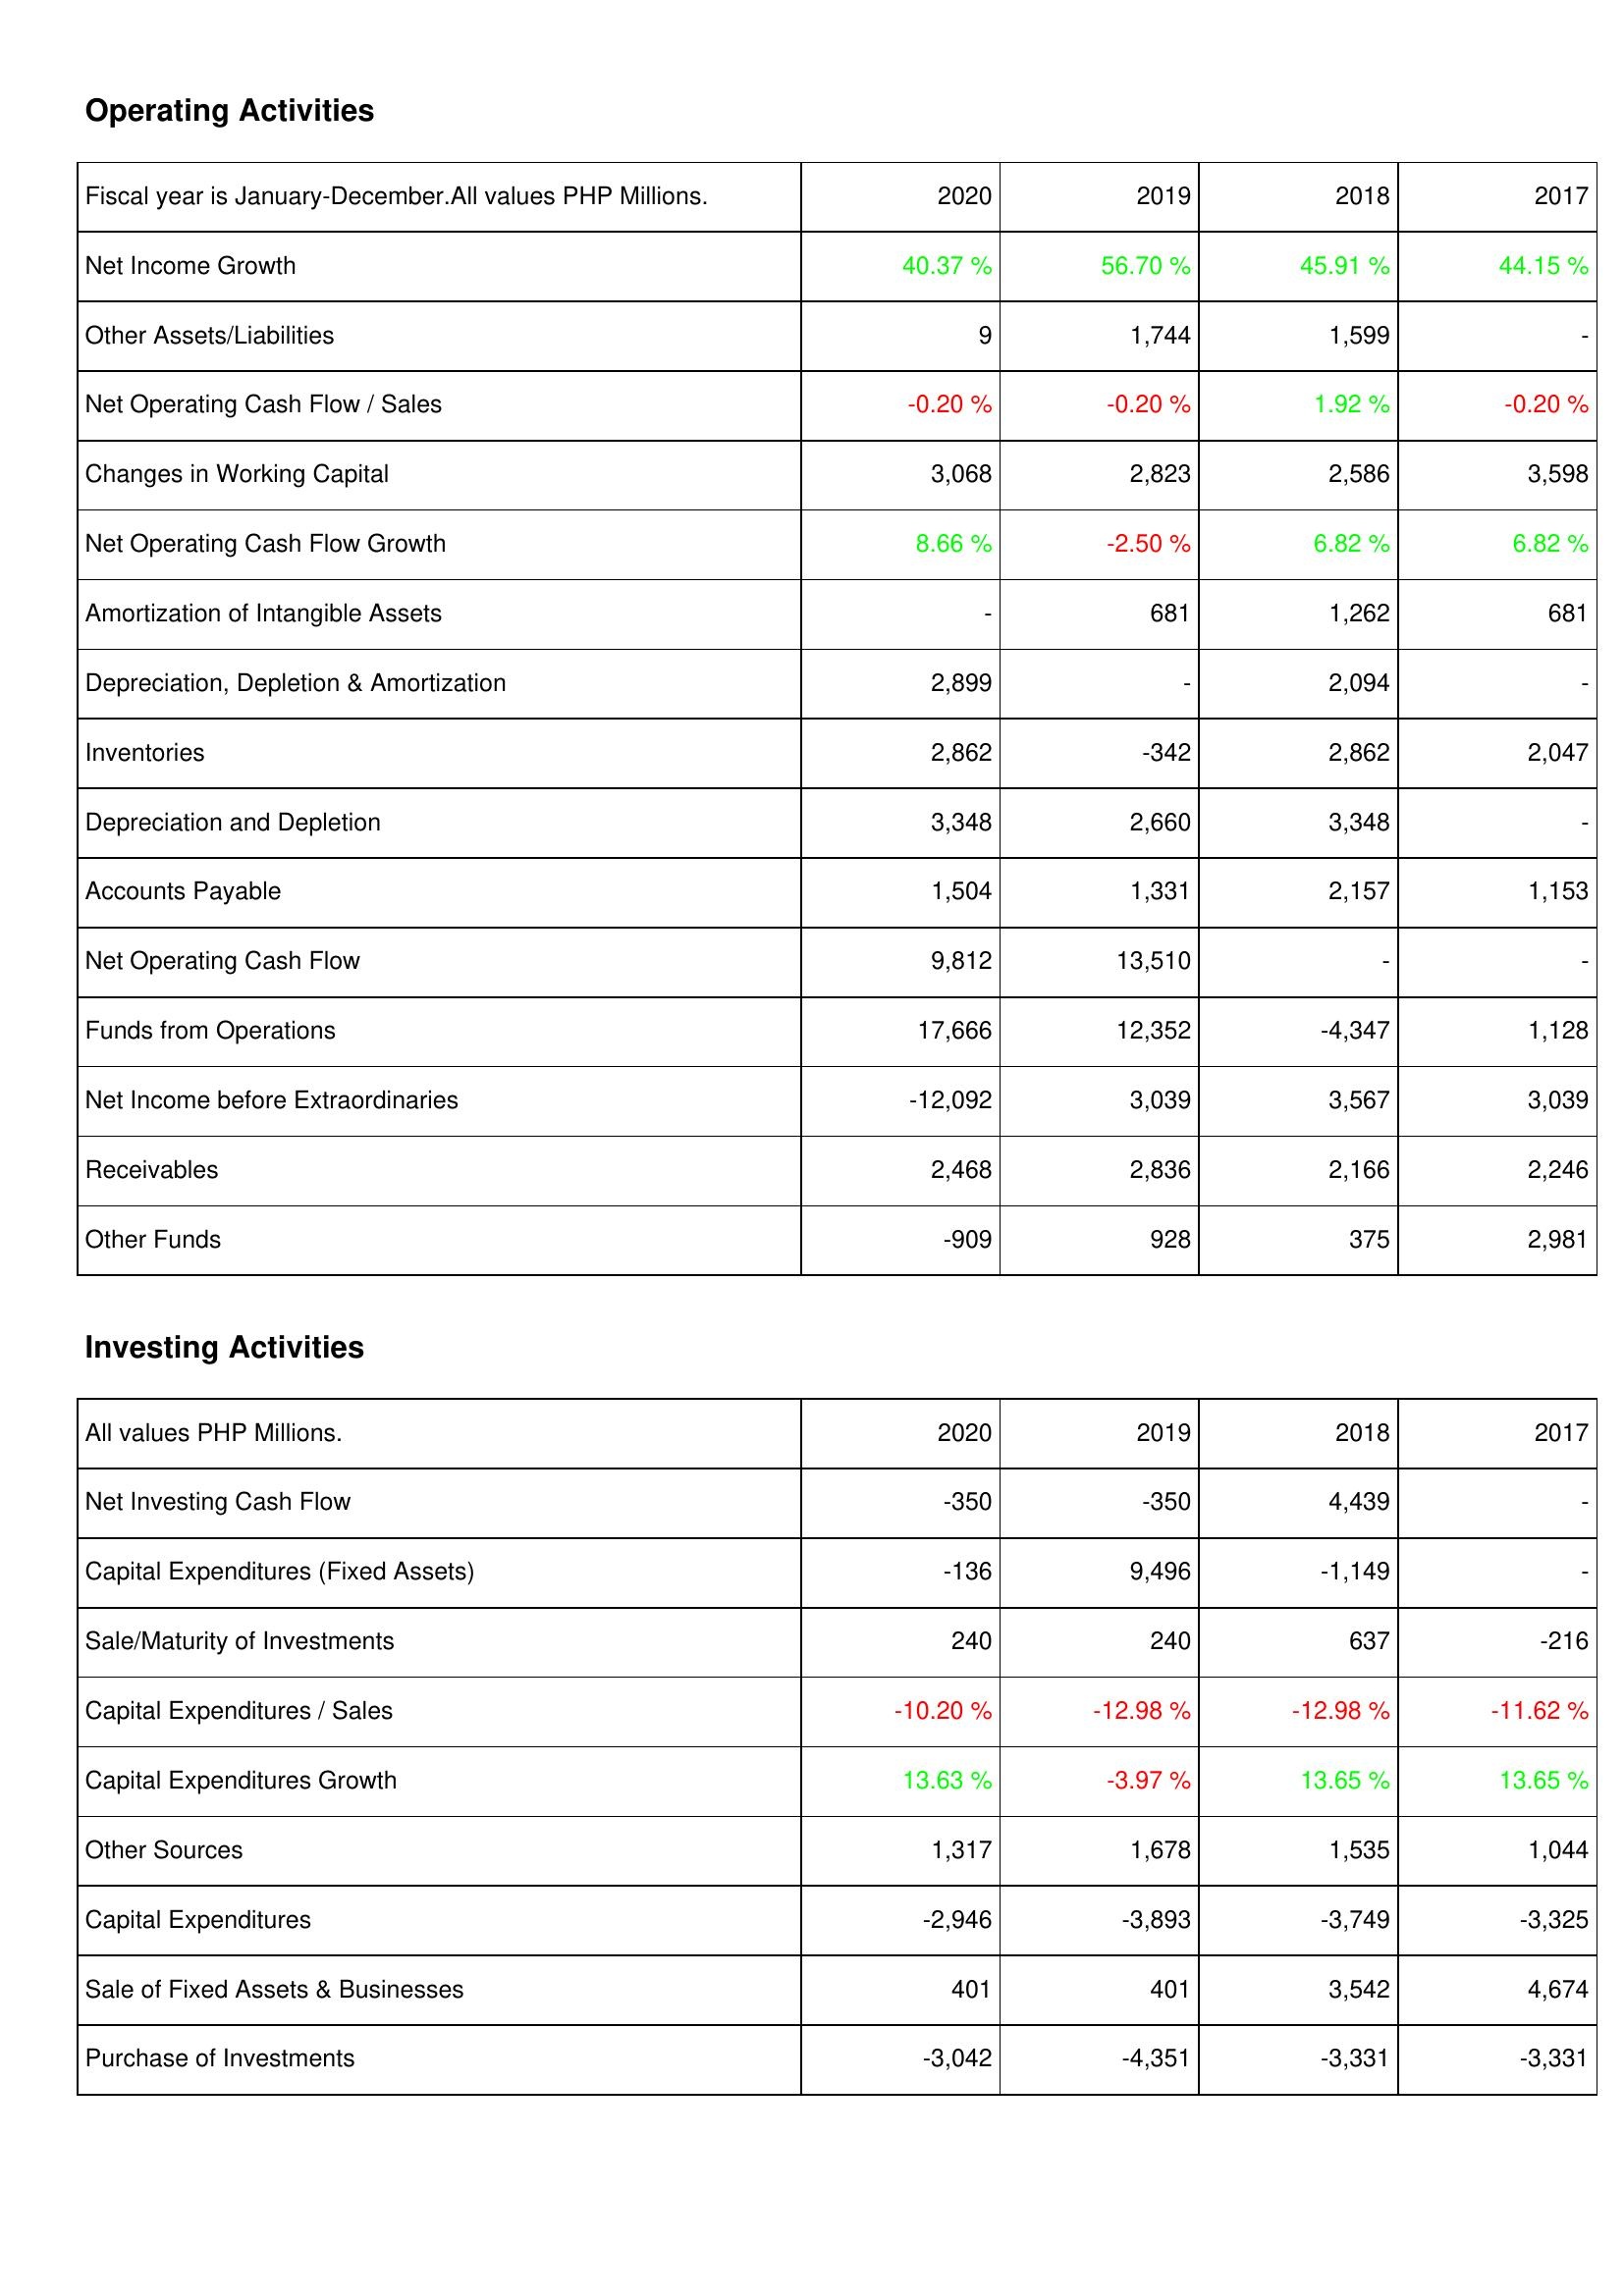
2020: Operating Activities: Net Income Growth: 40.37 %
Other Assets/Liabilities: 9
Net Operating Cash Flow / Sales: -0.20 %
Changes in Working Capital: 3,068
Net Operating Cash Flow Growth: 8.66 %
Amortization of Intangible Assets: -
Depreciation, Depletion & Amortization: 2,899
Inventories: 2,862
Depreciation and Depletion: 3,348
Accounts Payable: 1,504
Net Operating Cash Flow: 9,812
Funds from Operations: 17,666
Net Income before Extraordinaries: -12,092
Receivables: 2,468
Other Funds: -909
Investing Activities: Net Investing Cash Flow: -350
Capital Expenditures (Fixed Assets): -136
Sale/Maturity of Investments: 240
Capital Expenditures / Sales: -10.20 %
Capital Expenditures Growth: 13.63 %
Other Sources: 1,317
Capital Expenditures: -2,946
Sale of Fixed Assets & Businesses: 401
Purchase of Investments: -3,042
2019: Operating Activities: Net Income Growth: 56.70 %
Other Assets/Liabilities: 1,744
Net Operating Cash Flow / Sales: -0.20 %
Changes in Working Capital: 2,823
Net Operating Cash Flow Growth: -2.50 %
Amortization of Intangible Assets: 681
Depreciation, Depletion & Amortization: -
Inventories: -342
Depreciation and Depletion: 2,660
Accounts Payable: 1,331
Net Operating Cash Flow: 13,510
Funds from Operations: 12,352
Net Income before Extraordinaries: 3,039
Receivables: 2,836
Other Funds: 928
Investing Activities: Net Investing Cash Flow: -350
Capital Expenditures (Fixed Assets): 9,496
Sale/Maturity of Investments: 240
Capital Expenditures / Sales: -12.98 %
Capital Expenditures Growth: -3.97 %
Other Sources: 1,678
Capital Expenditures: -3,893
Sale of Fixed Assets & Businesses: 401
Purchase of Investments: -4,351
2018: Operating Activities: Net Income Growth: 45.91 %
Other Assets/Liabilities: 1,599
Net Operating Cash Flow / Sales: 1.92 %
Changes in Working Capital: 2,586
Net Operating Cash Flow Growth: 6.82 %
Amortization of Intangible Assets: 1,262
Depreciation, Depletion & Amortization: 2,094
Inventories: 2,862
Depreciation and Depletion: 3,348
Accounts Payable: 2,157
Net Operating Cash Flow: -
Funds from Operations: -4,347
Net Income before Extraordinaries: 3,567
Receivables: 2,166
Other Funds: 375
Investing Activities: Net Investing Cash Flow: 4,439
Capital Expenditures (Fixed Assets): -1,149
Sale/Maturity of Investments: 637
Capital Expenditures / Sales: -12.98 %
Capital Expenditures Growth: 13.65 %
Other Sources: 1,535
Capital Expenditures: -3,749
Sale of Fixed Assets & Businesses: 3,542
Purchase of Investments: -3,331
2017: Operating Activities: Net Income Growth: 44.15 %
Other Assets/Liabilities: -
Net Operating Cash Flow / Sales: -0.20 %
Changes in Working Capital: 3,598
Net Operating Cash Flow Growth: 6.82 %
Amortization of Intangible Assets: 681
Depreciation, Depletion & Amortization: -
Inventories: 2,047
Depreciation and Depletion: -
Accounts Payable: 1,153
Net Operating Cash Flow: -
Funds from Operations: 1,128
Net Income before Extraordinaries: 3,039
Receivables: 2,246
Other Funds: 2,981
Investing Activities: Net Investing Cash Flow: -
Capital Expenditures (Fixed Assets): -
Sale/Maturity of Investments: -216
Capital Expenditures / Sales: -11.62 %
Capital Expenditures Growth: 13.65 %
Other Sources: 1,044
Capital Expenditures: -3,325
Sale of Fixed Assets & Businesses: 4,674
Purchase of Investments: -3,331